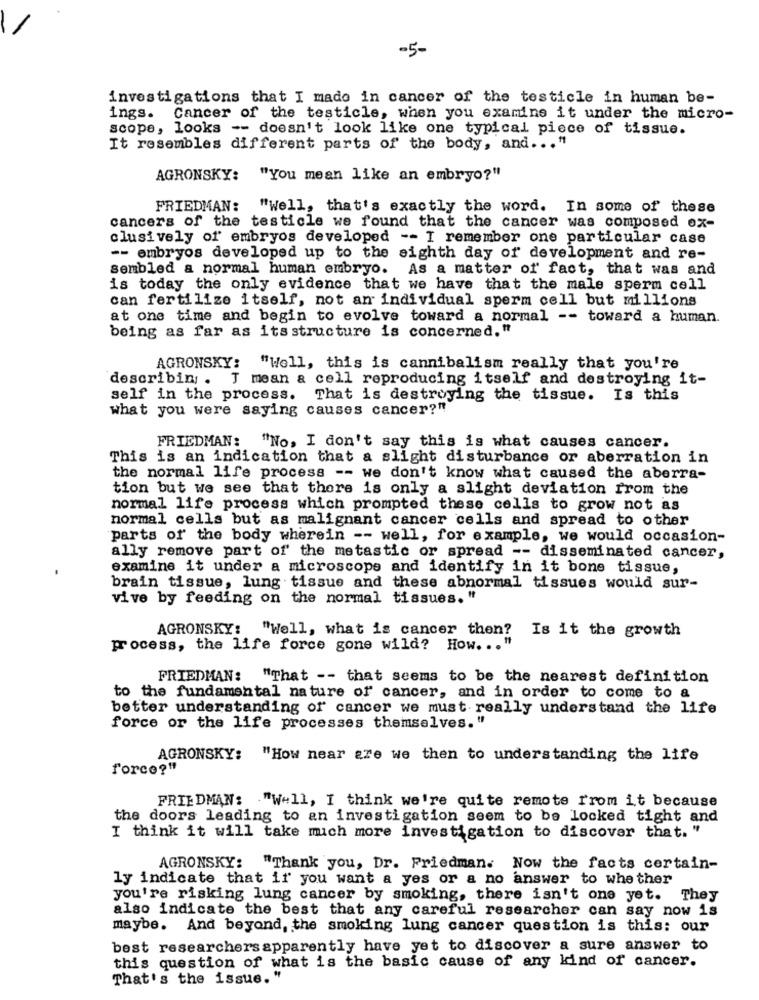
-5-
investigations that I made in cancer of the testicle in human be-
ings. Cancer of the testicle, when you examine it under the micro-
scope, looks -- doesn't look like one typical piece of tissue.
It resembles different parts of the body, and ... "
AGRONSKY: "You mean like an embryo?"
FRIEDMAN: "Well, that's exactly the word. In some of these
cancers of the testicle we found that the cancer was composed ox-
clusively of embryos developed -- I remember one particular case
-- embryos developed up to the sighth day of development and re-
sembled a normal human embryo. As a matter of fact, that was and
is today the only evidence that we have that the male sperm cell
can fertilize itself, not an individual sperm cell but millions
at one time and begin to evolve toward a normal -- toward a human.
being as far as its structure is concerned."
AGRONSKY: "Well, this is cannibalism really that you're
describing. T mean a cell reproducing itself and destroying it-
self in the process. That is destroying the tissue. Is this
what you were saying causes cancer?"
FRIEDMAN:
"No, I don't say this is what causes cancer.
This is an indication that a slight disturbance or aberration in
the normal life process -- we don't know what caused the aberra-
tion but we see that there is only a slight deviation from the
normal life process which prompted these cells to grow not as
normal cells but as malignant cancer cells and spread to other
parts of the body wherein -- well, for example, we would occasion-
ally remove part of the metastic or spread -- disseminated cancer,
examine it under a microscope and identify in it bone tissue,
brain tissue, lung tissue and these abnormal tissues would sur-
vive by feeding on the normal tissues. "
AGRONSKY: "Well, what is cancer then? Is it the growth
process, the life force gone wild? How. .. "
FRIEDMAN:
"That -- that seems to be the nearest definition
to the fundamental nature of cancer, and in order to come to a
better understanding of cancer we must really understand the life
force or the life processes themselves."
AGRONSKY:
"How near are we then to understanding the life
force?"
FRIEDMAN: . "Well, I think we're quite remote from it because
the doors leading to an investigation seem to be locked tight and
I think it will take mich more investigation to discover that. "
AGRONSKY:
"Thank you, Dr. Friedman. Now the facts certain-
ly indicate that if you want a yes or a no answer to whe ther
you're risking lung cancer by smoking, there isn't one yet.
They
also indicate the best that any careful researcher can say now is
maybe. And beyond, the smoking lung cancer question is this: our
best researchersapparently have yet to discover a sure answer to
this question of what is the basic cause of any kind of cancer.
That's the issue.